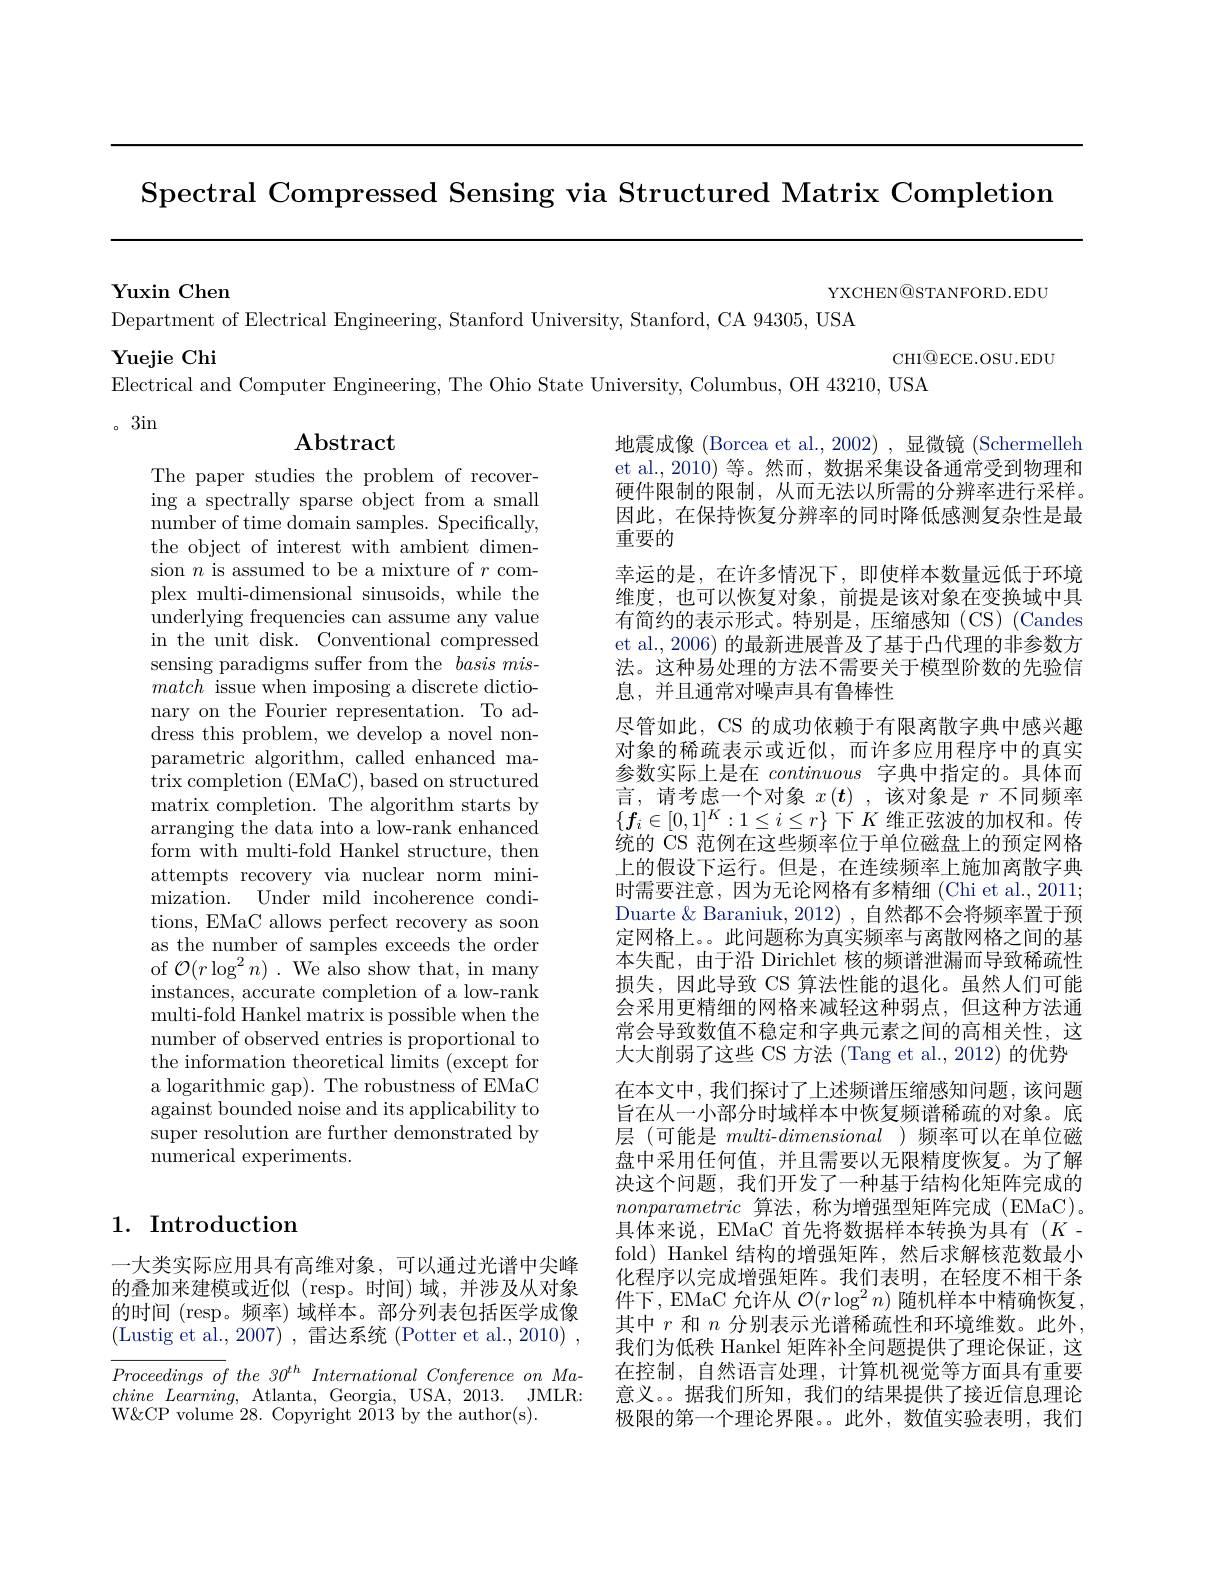
Spectral Compressed Sensing via Structured Matrix Completion

$\textbf{Yuxin Chen}$

YXCHEN@STANFORD.EDU

Department of Electrical Engineering, Stanford University, Stanford, CA 94305, USA
Yuejie Chi
CHI$\textcircled{\mathrm{Q}}$ECE.OSU.EDU
Electrical and Computer Engineering, The Ohio State University, Columbus, OH 43210, USA
。3in

## $\mathbf{Abstract}$

The paper studies the problem of recovering a spectrally sparse object from a small number of time domain samples. Specifically, the object of interest with ambient dimension $n$ is assumed to be a mixture of $r$ complex multi-dimensional sinusoids, while the underlying frequencies can assume any value in the unit disk. Conventional compressed sensing paradigms suffer from the basis mismatch issue when imposing a discrete dictionary on the Fourier representation. To address this problem, we develop a novel nonparametric algorithm, called enhanced matrix completion (EMaC), based on structured matrix completion. The algorithm starts by arranging the data into a low-rank enhanced form with multi-fold Hankel structure, then attempts recovery via nuclear norm minimization. Under mild incoherence conditions, EMaC allows perfect recovery as soon as the number of samples exceeds the order of $\mathcal{O}(r\log^2n).$ We also show that, in many instances, accurate completion of a low-rank multi-fold Hankel matrix is possible when the number of observed entries is proportional to the information theoretical limits (except for a logarithmic gap). The robustness of EMaC against bounded noise and its applicability to super resolution are further demonstrated by numerical experiments.

地震成像 (Borcea et al.,2002) ,显微镜 (Schermelleh et al., 2010) 等。然而，数据采集设备通常受到物理和硬件限制的限制，从而无法以所需的分辨率进行采样。因此，在保持恢复分辨率的同时降低感测复杂性是最重要的
幸运的是，在许多情况下，即使样本数量远低于环境维度，也可以恢复对象，前提是该对象在变换域中具有简约的表示形式。特别是，压缩感知(CS)(Candes et al., 2006) 的最新进展普及了基于凸代理的非参数方法。这种易处理的方法不需要关于模型阶数的先验信息，并且通常对噪声具有鲁棒性
尽管如此，CS 的成功依赖于有限离散字典中感兴趣对象的稀疏表示或近似，而许多应用程序中的真实参数实际上是在continuous字典中指定的。具体而言，请考虑一个对象$x\left(\boldsymbol{t}\right)$,该对象是$r$不同频率$\{f_i\in[0,1]^K:1\leq i\leq r\}$下$K$维正弦波的加权和。传统的 CS 范例在这些频率位于单位磁盘上的预定网格上的假设下运行。但是，在连续频率上施加离散字典时需要注意，因为无论网格有多精细 (Chi et al., 2011; Duarte $\&$ Baraniuk, 2012) , 自然都不会将频率置于预定网格上。。此问题称为真实频率与离散网格之间的基本失配，由于沿 Dirichlet 核的频谱泄漏而导致稀疏性损失，因此导致 CS 算法性能的退化。虽然人们可能会采用更精细的网格来减轻这种弱点，但这种方法通常会导致数值不稳定和字典元素之间的高相关性，这大大削弱了这些 CS 方法 (Tang et al., 2012) 的优势在本文中，我们探讨了上述频谱压缩感知问题，该问题旨在从一小部分时域样本中恢复频谱稀疏的对象。底层(可能是$multi-dimensional$ )频率可以在单位磁盘中采用任何值，并且需要以无限精度恢复。为了解决这个问题，我们开发了一种基于结构化矩阵完成的nonparametric算法，称为增强型矩阵完成 (EMaC)。具体来说，EMaC 首先将数据样本转换为具有(Kfold) Hankel 结构的增强矩阵，然后求解核范数最小化程序以完成增强矩阵。我们表明，在轻度不相干条件下，EMaC 允许从$\mathcal{O}(r\log^2n)$随机样本中精确恢复， 其中$r$和$n$分别表示光谱稀疏性和环境维数。此外， 我们为低秩 Hankel 矩阵补全问题提供了理论保证，这在控制，自然语言处理，计算机视觉等方面具有重要意义。。据我们所知，我们的结果提供了接近信息理论极限的第一个理论界限。。此外，数值实验表明，我们

## 1. Introduction

一大类实际应用具有高维对象，可以通过光谱中尖峰的叠加来建模或近似(resp。时间)域，并涉及从对象的时间 (resp。频率) 域样本。部分列表包括医学成像(Lustig et al., 2007) , 雷达系统 (Potter et al., 2010) ,

$Proceedings~of~the~30^{th}~International~Conference~on~Ma-$ chine $Learning$, Atlanta, Georgia, USA, 2013. JMLR: W&CP volume 28. Copyright $2\bar{0}13$ by the author(s).